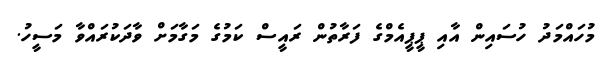
މުހައްމަދު ހުސައިން އާއި ޕީޕީއެމްގެ ފަރާތުން ރައީސް ކަމުގެ މަގާމަށް ވާދަކުރައްވާ މަސީހު.